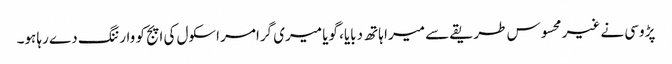
پڑوسی نے غیر محسوس طریقے سے میرا ہاتھ دبایا، گویا میری گرامر اسکول کی اپج کو وارننگ دے رہا ہو۔